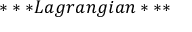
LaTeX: * * * L a g r a n g i a n * * *